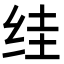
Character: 𮉤